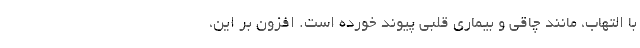
با التهاب، مانند چاقی و بیماری قلبی پیوند خورده است. افزون بر این،